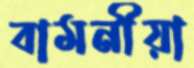
বামনীয়া